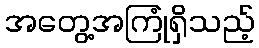
အတွေ့အကြုံရှိသည့်